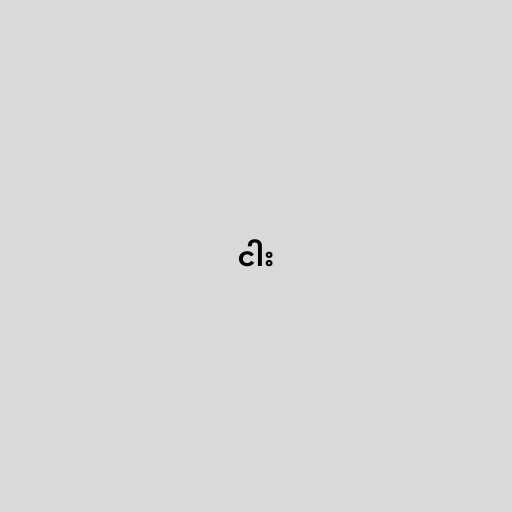
ငါး